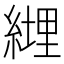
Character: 𦄆